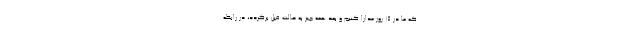
که ما در ۱۵ روز مدارا کنیم و بعد همه چیز به حالت قبل برگردد، در رابطه